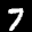
Label: 7